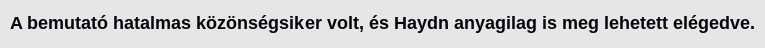
A bemutató hatalmas közönségsiker volt, és Haydn anyagilag is meg lehetett elégedve.